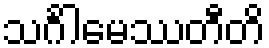
သင်္ဂါမေဿတီတိ